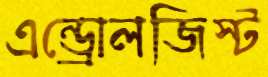
এন্ড্রোলজিস্ট